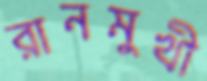
রানমুখী